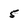
Character: 5